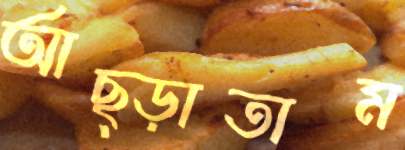
আছ্‌ড়াতাম